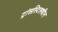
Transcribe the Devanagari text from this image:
ट्रांसस्टिलबीन